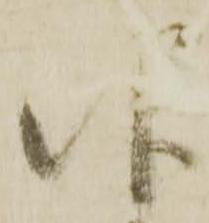
仰